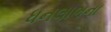
ધનલાભના